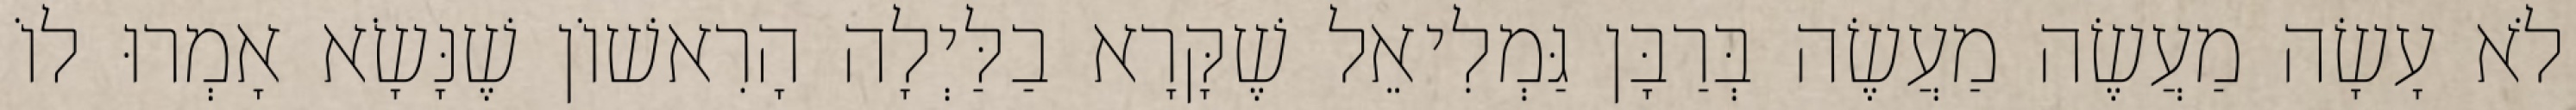
לֹא עָשָׂה מַעֲשֶׂה מַעֲשֶׂה בְּרַבָּן גַּמְלִיאֵל שֶׁקָּרָא בַלַּיְלָה הָרִאשׁוֹן שֶׁנָּשָׂא אָמְרוּ לוֹ